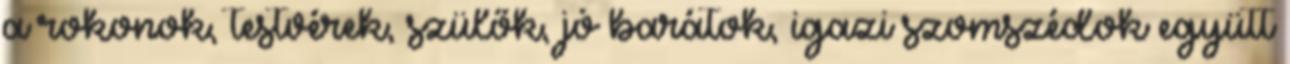
a rokonok, testvérek, szülők, jó barátok, igazi szomszédok együtt